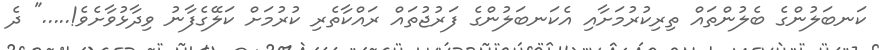
ކަނބަލުންގެ ބެލުންތައް ތިރިކުރުމަށާއި އެކަނބަލުންގެ ފަރުޖުތައް ރައްކާތެރި ކުރުމަށް ކަލޭގެފާނު ވިދާޅުވާށެވެ!....." ދެ